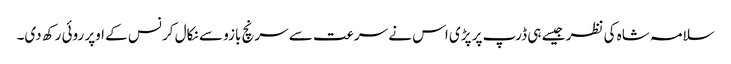
سلامہ شاہ کی نظر جیسے ہی ڈرپ پر پڑی اس نے سرعت سے سرنچ بازو سے نکال کر نس کے اوپر روئی رکھ دی۔